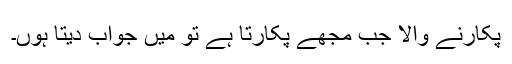
پکارنے والا جب مجھے پکارتا ہے تو میں جواب دیتا ہوں۔